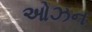
ઓઝન